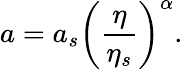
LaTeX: a=a_{s}\left(\frac\eta{\eta_{s}}\right)^{\alpha}.